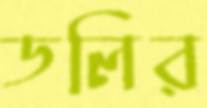
ডলির